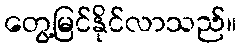
တွေ့မြင်နိုင်လာသည်။